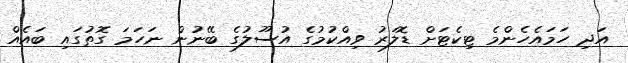
އަދި ހަމައެހެންމެ ޓިކެޓަށް ޑޮލަރު ވިއްކުމުގެ އުސޫލުގެ ބޭނުން ނަހަމަ ގޮތުގައި ބައެއް